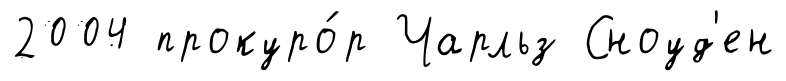
2004 прокуро́р Чарльз Сноуд'ен